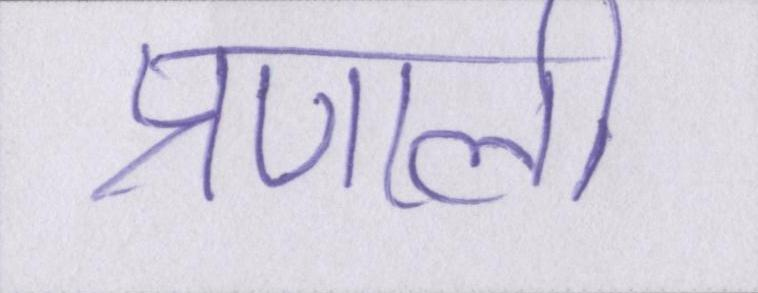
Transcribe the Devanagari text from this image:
प्रणाली